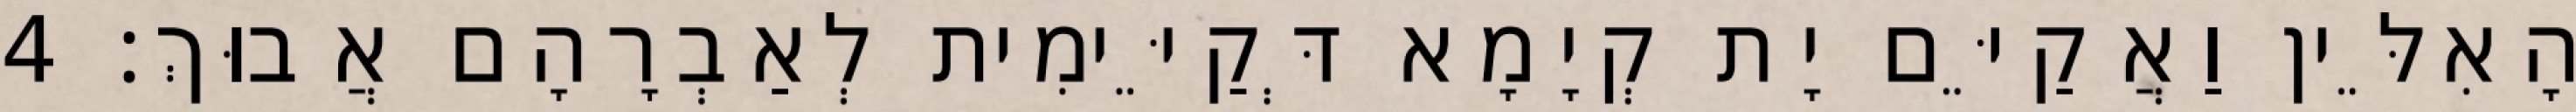
הָאִלֵּין וַאֲקַיֵּם יָת קְיָמָא דְּקַיֵּימִית לְאַבְרָהָם אֲבוּךְ׃ 4